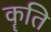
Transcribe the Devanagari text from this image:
कॄति